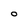
Character: O